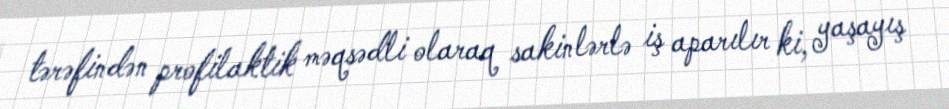
tərəfindən profilaktik məqsədli olaraq sakinlərlə iş aparılır ki, yaşayış